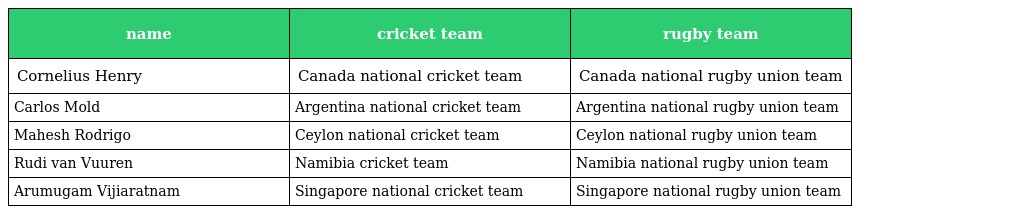
| name | cricket team | rugby team |
 | --- | --- | --- |
 | Cornelius Henry | Canada national cricket team | Canada national rugby union team |
 | Carlos Mold | Argentina national cricket team | Argentina national rugby union team |
 | Mahesh Rodrigo | Ceylon national cricket team | Ceylon national rugby union team |
 | Rudi van Vuuren | Namibia cricket team | Namibia national rugby union team |
 | Arumugam Vijiaratnam | Singapore national cricket team | Singapore national rugby union team |